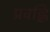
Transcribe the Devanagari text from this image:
प्रवह्लि